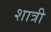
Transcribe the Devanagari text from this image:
शात्री